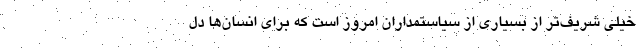
خیلی شریف‌تر از بسیاری از سیاستمداران امروز است که برای انسان‌ها دل